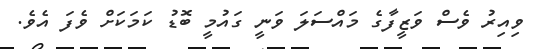
ވިއިރު ވެސް ވަޒީފާގެ މައްސަލަ ވަނީ ގައުމީ ބޮޑު ކަމަކަށް ވެފަ އެވެ.